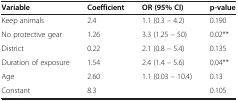
| Variable | Coefficient | OR (95% CI) | p-value |
 | --- | --- | --- | --- |
 | Keep animals | 2.4 | 1.1 (0.3 – 4.2) | 0.190 |
 | No protective gear | 1.26 | 3.3 (1.25 – 50) | 0.02** |
 | District | 0.22 | 2.1 (0.8 – 5.4) | 0.135 |
 | Duration of exposure | 1.54 | 2.4 (1.4 – 5.6) | 0.04** |
 | Age | 2.60 | 1.1 (0.03 – 10.4) | 0.13 |
 | Constant | 8.3 |  | 0.105 |